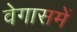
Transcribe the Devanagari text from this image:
वेगासमें